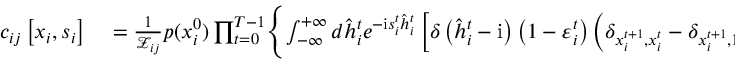
\begin{array} { r l } { c _ { i j } \left[ \boldsymbol { x } _ { i } , \boldsymbol { s } _ { i } \right] } & { { } = \frac { 1 } { \mathcal { Z } _ { i j } } p ( x _ { i } ^ { 0 } ) \prod _ { t = 0 } ^ { T - 1 } \Biggl \{ \int _ { - \infty } ^ { + \infty } d \hat { h } _ { i } ^ { t } e ^ { - \mathrm { i } s _ { i } ^ { t } \hat { h } _ { i } ^ { t } } \left[ \delta \left( \hat { h } _ { i } ^ { t } - \mathrm { i } \right) \left( 1 - \varepsilon _ { i } ^ { t } \right) \left( \delta _ { x _ { i } ^ { t + 1 } , x _ { i } ^ { t } } - \delta _ { x _ { i } ^ { t + 1 } , 1 } \right) + \delta \left( \hat { h } _ { i } ^ { t } \right) \delta _ { x _ { i } ^ { t + 1 } , 1 } \right] } \end{array}